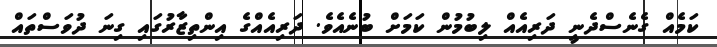
ކަމެއް ގެނެސްދެނީ ދަރިއެެެއް ލިބުމުން ކަމަށް ބުނެއެވެ. ދަރިއެއްގެ އިންތިޒާރުގައި ގިނަ ދުވަސްތައް